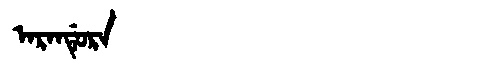
Manchu: ᠠᡵᠠᠨᡩᡠᡵᠠ
Romanization: ARANDURA